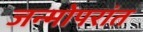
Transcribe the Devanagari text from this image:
जन्मोपरांत